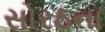
સોરઠના